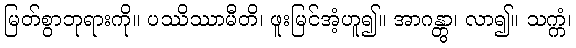
မြတ်စွာဘုရားကို။ ပဿိဿာမီတိ၊ ဖူးမြင်အံ့ဟူ၍။ အာဂန္တွာ၊ လာ၍။ သက္ကံ၊